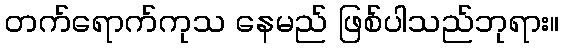
တက်ရောက်ကုသ နေမည် ဖြစ်ပါသည်ဘုရား။